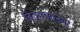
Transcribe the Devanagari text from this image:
बिलायतनगर